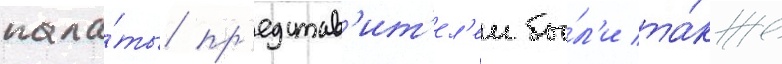
пала́ты пр'едстав'ит'ел'еи бы́л'и та́кже